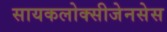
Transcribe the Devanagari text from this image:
सायकलोक्सीजेनसेस